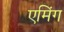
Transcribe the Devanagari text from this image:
एमिंग